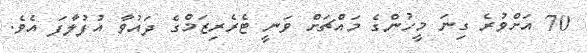
70 އަށްވުރެ ގިނަ މީހުންގެ މައްޗަށް ވަނީ ޓެރެރިޒަމްގެ ދައުވާ އުފުލާފަ އެވެ.